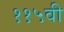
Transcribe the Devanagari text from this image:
११५वी